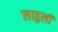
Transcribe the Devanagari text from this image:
लाहुली